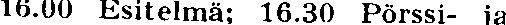
16.00 Esitelmä; 16.30 Pörssi- ja